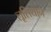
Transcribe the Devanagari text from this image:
लूसियान